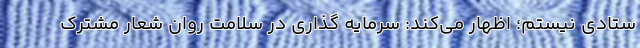
ستادی نیستم؛ اظهار می‌کند: سرمایه گذاری در سلامت روان شعار مشترک